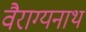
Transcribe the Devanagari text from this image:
वैराग्यनाथ